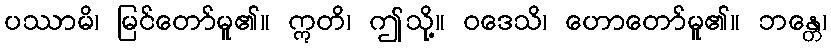
ပဿာမိ၊ မြင်တော်မူ၏။ ဣတိ၊ ဤသို့။ ဝဒေသိ၊ ဟောတော်မူ၏။ ဘန္တေ၊